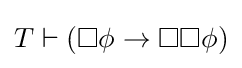
T\vdash (\Box \phi \to \Box \Box \phi )